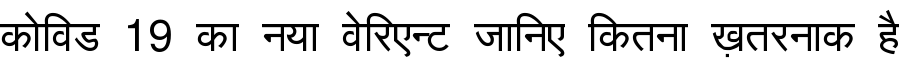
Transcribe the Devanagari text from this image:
कोविड 19 का नया वेरिएन्ट जानिए कितना ख़तरनाक है